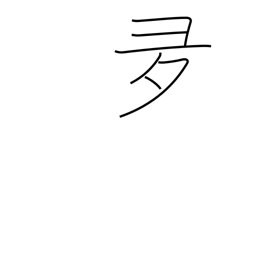
Meaning: over